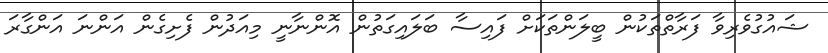
ޝައުގުވެރިވާ ފަރާތްތަކުން ބީލަންތަކަށް ފައިސާ ބަލައިގަތުން އޮންނާނީ މިއަދުން ފެށިގެން އަންނަ އަންގާރަ